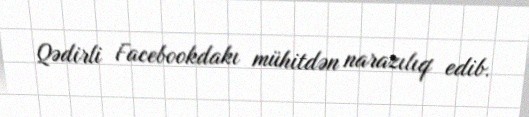
Qədirli Facebookdakı mühitdən narazılıq edib.